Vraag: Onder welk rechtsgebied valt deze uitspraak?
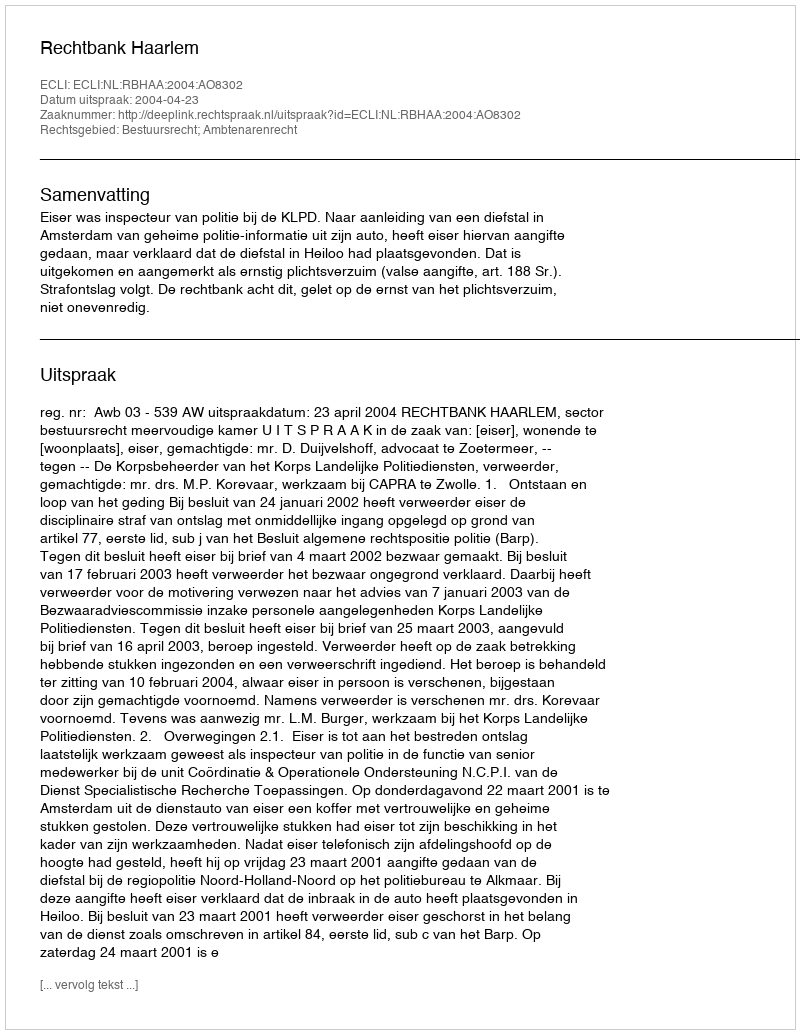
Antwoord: Bestuursrecht; Ambtenarenrecht